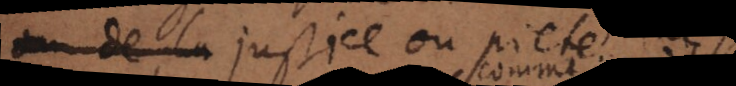
ou de la justice ou pieté